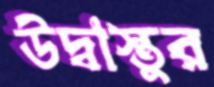
উদ্বাস্তুর